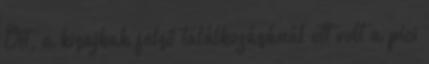
Ott, a kisajkak felső találkozásánál ott volt a pici